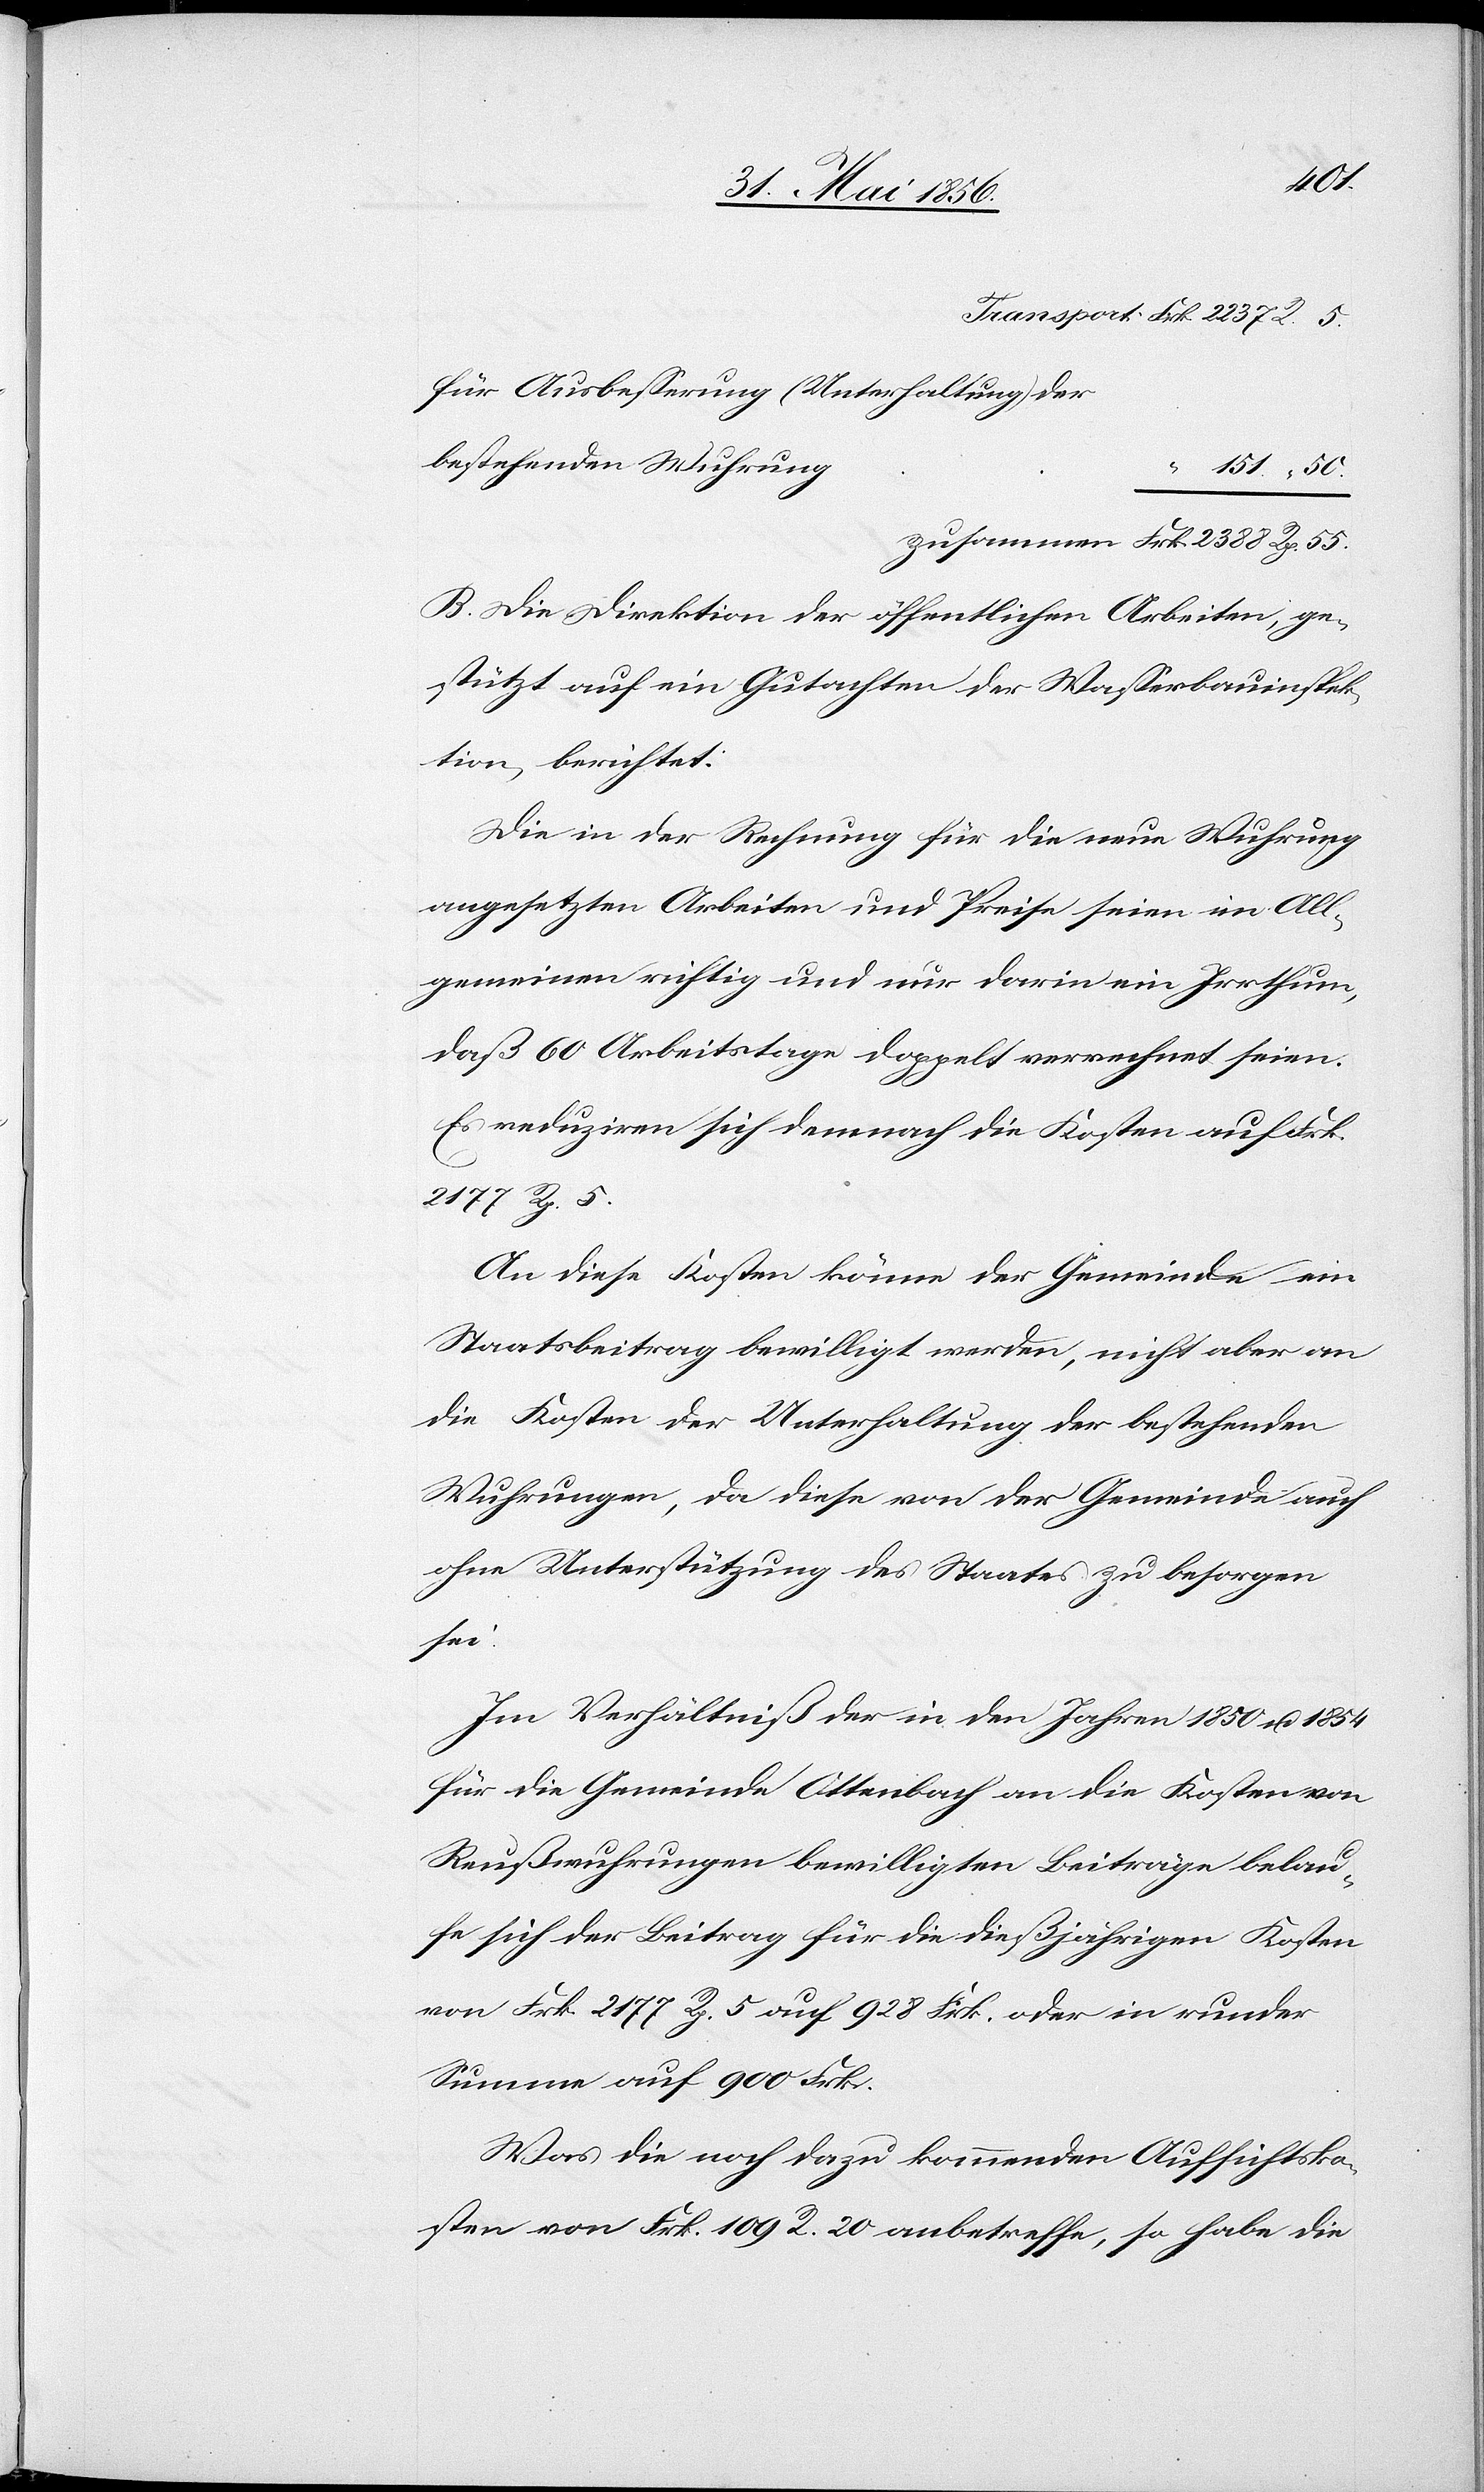
50.
für Ausbesserung (Unterhaltung) der
bestehenden Wuhrun¬
zusammen		 Frk. 2388 Rp. 55.
B. Die Direktion der öffentlichen Arbeiten, ge¬
stützt auf ein Gutachten der Wasserbauinspek¬
tion, berichtet:
Die in der Rechnung für die neue Wuhrung
angesetzten Arbeiten und Preise seien im All¬
gemeinen richtig und nur darin ein Irrthum,
daß 60 Arbeitstage doppelt verrechnet seien.
Es reduziren sich demnach die Kosten auf Frk.
“
2177 Rp. 5.
An diese Kosten könne der Gemeinde ein
Staatsbeitrag bewilligt werden, nicht aber an
die Kosten der Unterhaltung der bestehenden
Wuhrungen, da diese von der Gemeinde auch
ohne Unterstützung des Staates zu besorgen
sei.
Im Verhältniß der in den Jahren 1850 u. 1854
für die Gemeinde Ottenbach an die Kosten von
Reußwuhrungen bewilligten Beiträge belau¬
fe sich der Beitrag für die dießjährigen Kosten
von Frk. 2177 Rp. 5 auf 928 Frk. oder in runder
Summe auf 900 Frk.
Was die noch dazu kommenden Aufsichtsko¬
sten von Frk. 109 R. 20 anbetreffe, so habe die